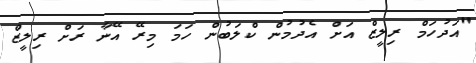
"އަދުހަމް ރިލީޒް އަށް އެދުމުން ކްލަބުން ހަމަ މިރޭ އޭނާ ރަށް ރިލީޒް